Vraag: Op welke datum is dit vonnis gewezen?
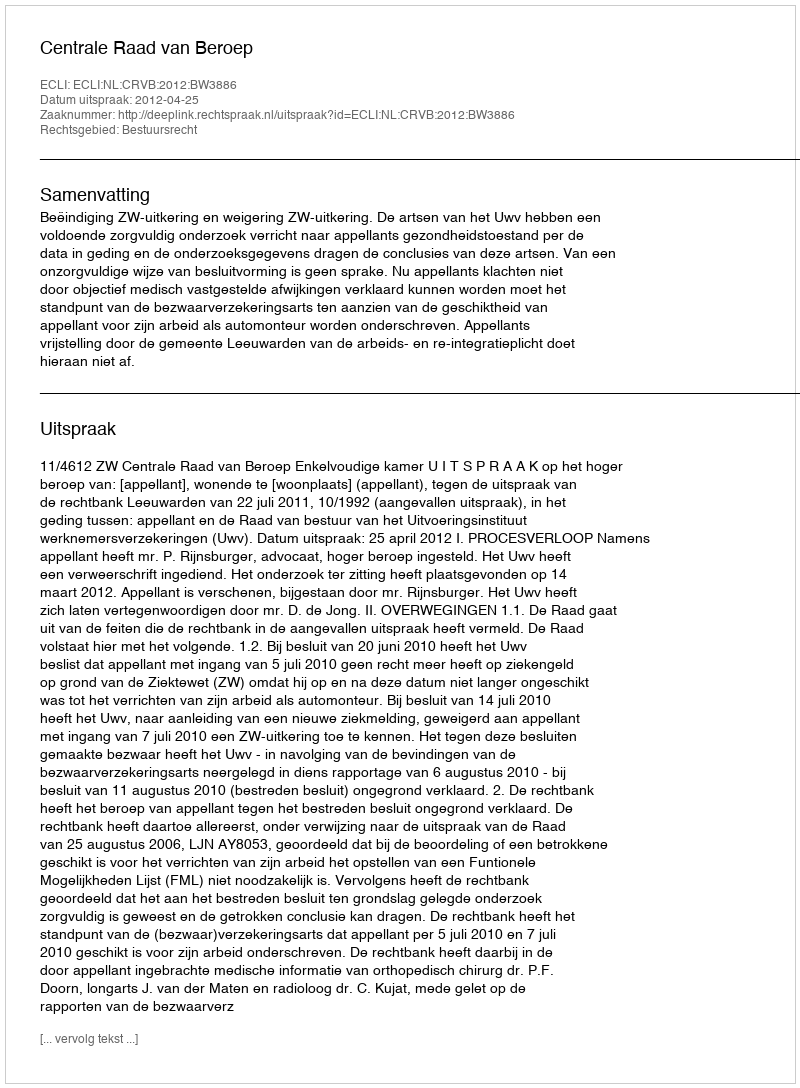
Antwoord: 2012-04-25